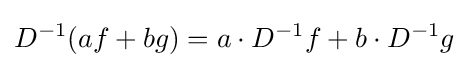
D^{-1}(af+bg)=a\cdot D^{-1}f+b\cdot D^{-1}g